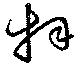
拜